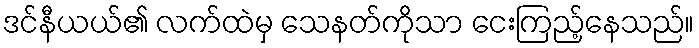
ဒင်နီယယ်၏ လက်ထဲမှ သေနတ်ကိုသာ ငေးကြည့်နေသည်။